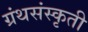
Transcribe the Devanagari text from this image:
ग्रंथसंस्‍कृती